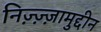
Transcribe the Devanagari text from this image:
निज़्ज़्ज़ामुद्दीन